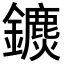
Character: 𨯄